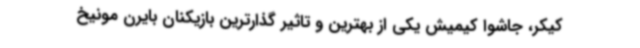
کیکر، جاشوا کیمیش یکی از بهترین و تاثیر گذارترین بازیکنان بایرن مونیخ